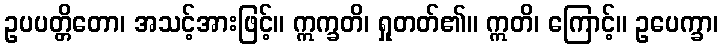
ဥပပတ္တိတော၊ အသင့်အားဖြင့်။ ဣက္ခတိ၊ ရှုတတ်၏။ ဣတိ၊ ကြောင့်။ ဥပေက္ခာ၊